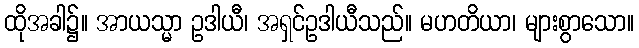
ထိုအခါ၌။ အာယသ္မာ ဥဒါယီ၊ အရှင်ဥဒါယီသည်။ မဟတိယာ၊ များစွာသော။